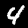
Digit: 4